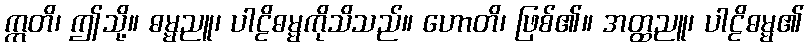
ဣတိ၊ ဤသို့။ ဓမ္မညူ၊ ပါဠိဓမ္မကိုသိသည်။ ဟောတိ၊ ဖြစ်၏။ အတ္ထညူ၊ ပါဠိဓမ္မ၏